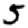
Digit: 5